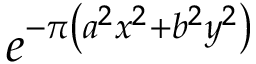
e ^ { - \pi \left( a ^ { 2 } x ^ { 2 } + b ^ { 2 } y ^ { 2 } \right) }